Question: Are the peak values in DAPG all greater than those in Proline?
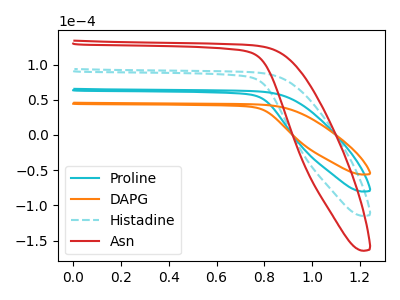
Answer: <think>The cyan curve "Proline" has no peaks. The orange curve "DAPG" has no peaks. The cyan dashed curve "Histadine" has no peaks. The red curve "Asn" has no peaks.</think>
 <answer>Niether CV has any peaks.</answer>
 <eval>blanks</eval>